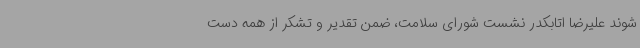
شوند علیرضا اتابکدر نشست شورای سلامت، ضمن تقدیر و تشکر از همه دست